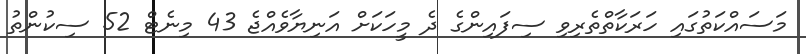
މަސައްކަތުގައި ހަރަކާތްތެރިވި ސިފައިންގެ ދެ މީހަކަށް އަނިޔާވެއްޖެ 43 މިނެޓް 52 ސިކުންތު